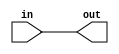
`timescale 1ns / 1ps
//////////////////////////////////////////////////////////////////////////////////
// Company: 
// Engineer: 
// 
// Design Name: 
// Module Name:    task1 
// Project Name: 
// Target Devices: 
// Tool versions: 
// Description: 
//
// Dependencies: 
//
// Revision: 
// Revision 0.01 - File Created
// Additional Comments: 
//
//////////////////////////////////////////////////////////////////////////////////
module task1(
    input [7:0] in,
    output [7:0] out
    );
assign out=in;
endmodule